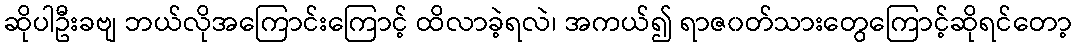
ဆိုပါဦးခဗျ ဘယ်လိုအကြောင်းကြောင့် ထိလာခဲ့ရလဲ၊ အကယ်၍ ရာဇ၀တ်သားတွေကြောင့်ဆိုရင်တော့